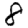
Digit: 8